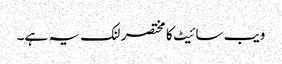
ویب سائیٹ کا مختصر لنک یہ ہے۔